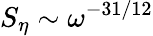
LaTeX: S_{\eta}\sim\omega^{-31/12}